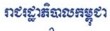
រាជរដ្ឋាភិបាលកម្ពុជា